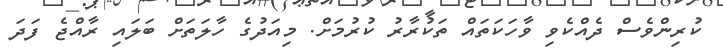
ކުރިންވެސް ދެއްކެވި ވާހަކަތައް ތަކުރާރު ކުރުމަށް. މިއަދުގެ ހާލަތަށް ބަލައި ރާއްޖެ ފަދަ